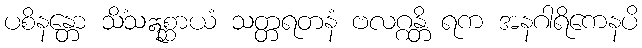
ပစိနန္တော သိံသဣစ္ဆာယံ သတ္တရတနံ ဗလဂ္ဂန္တိ ရက အနဂါရိကေနပိ